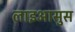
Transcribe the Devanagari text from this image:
लाइआसुस